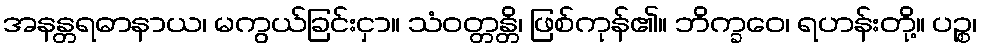
အနန္တရဓာနာယ၊ မကွယ်ခြင်းငှာ။ သံဝတ္တန္တိ၊ ဖြစ်ကုန်၏။ ဘိက္ခဝေ၊ ရဟန်းတို့။ ပဉ္စ၊